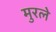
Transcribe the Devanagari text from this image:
मुरले